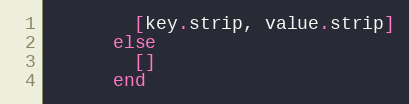
Language: Ruby
        [key.strip, value.strip]
      else
        []
      end